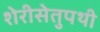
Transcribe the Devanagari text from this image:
शेरीसेतुपथी